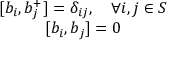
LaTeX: \begin{array} { c } { { [ b _ { i } , b _ { j } ^ { + } ] = \delta _ { i j } , \quad \forall i , j \in S } } \\ { { [ b _ { i } , b _ { j } ] = 0 } } \end{array}